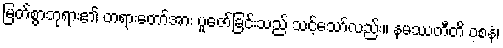
မြတ်စွာဘုရား၏ တရားတော်အား ပူဇော်ခြင်းသည် သင့်သော်လည်း။ နမဿတီတိ ဝစနံ၊